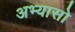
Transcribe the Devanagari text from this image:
अभ्यासो